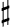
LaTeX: \sharp